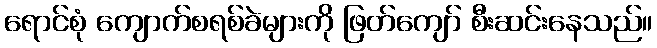
ရောင်စုံ ကျောက်စရစ်ခဲများကို ဖြတ်ကျော် စီးဆင်းနေသည်။